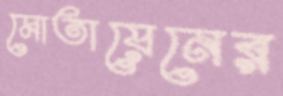
মোতায়েনের